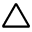
\triangle